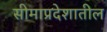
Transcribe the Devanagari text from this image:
सीमाप्रदेशातील